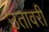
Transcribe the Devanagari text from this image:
उतावरी